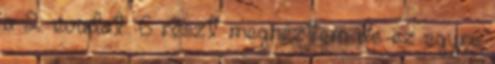
a 2. évadot. 6 részt megnéztem de ez egyre